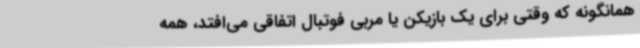
همانگونه که وقتی برای یک بازیکن یا مربی فوتبال اتفاقی می‌افتد، همه